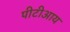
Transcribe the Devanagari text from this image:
पीटीआय